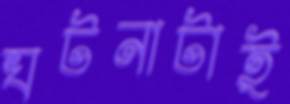
ঘটনাটাই